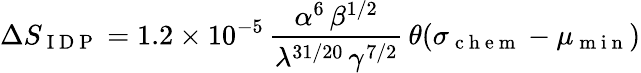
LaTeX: \Delta S_{\mathrm{~I~D~P~}}=1.2\times 10^{-5}\, \frac{\alpha^{6}\, \beta^{1/2}}{\lambda^{31/20}\, \gamma^{7/2}}\, \theta(\sigma_{\mathrm{~c~h~e~m~}}-\mu_{\mathrm{~m~i~n~}})